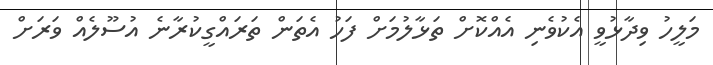
މަލީހު ވިދާޅުވީ އެކުވެނި އެއްކޮށް ތަޅާލުމަށް ފަހު އެތަން ތަރައްގީކުރާނެ އުސޫލެއް ވަރަށް